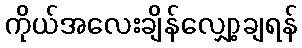
ကိုယ်အလေးချိန်လျှော့ချရန်